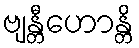
ဗျန္တီဟောန္တိ